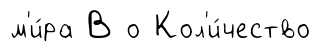
м'и́ра В о Кол'и́чество